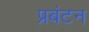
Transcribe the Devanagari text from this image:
प्रबंटन